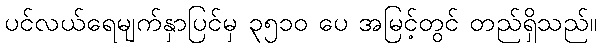
ပင်လယ်ရေမျက်နှာပြင်မှ ၃၅၁၀ ပေ အမြင့်တွင် တည်ရှိသည်။